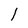
Character: 1